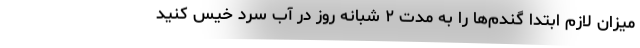
میزان لازم ابتدا گندم‌ها را به مدت ۲ شبانه روز در آب سرد خیس کنید